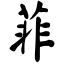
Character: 菲